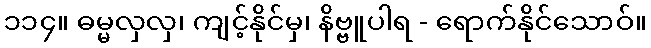
၁၁၄။ ဓမ္မလှလှ၊ ကျင့်နိုင်မှ၊ နိဗ္ဗူပါရ - ရောက်နိုင်သောဝ်။